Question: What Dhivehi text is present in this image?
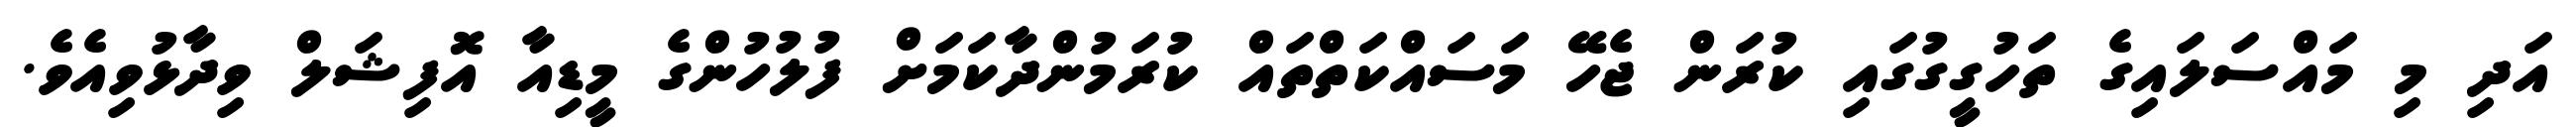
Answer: އަދި މި މައްސަލައިގެ ތަހުގީގުގައި ކުރަން ޖެހޭ މަސައްކަތްތައް ކުރަމުންދާކަމަށް ފުލުހުންގެ މީޑިއާ އޮފިޝަލް ވިދާޅުވިއެވެ.